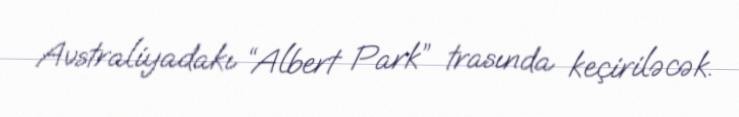
Avstraliyadakı “Albert Park” trasında keçiriləcək.